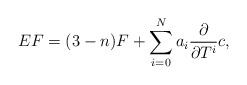
\begin{align*}EF=(3-n)F+ \sum_{i=0}^N a_i \frac{\partial }{\partial T^i} c,\end{align*}